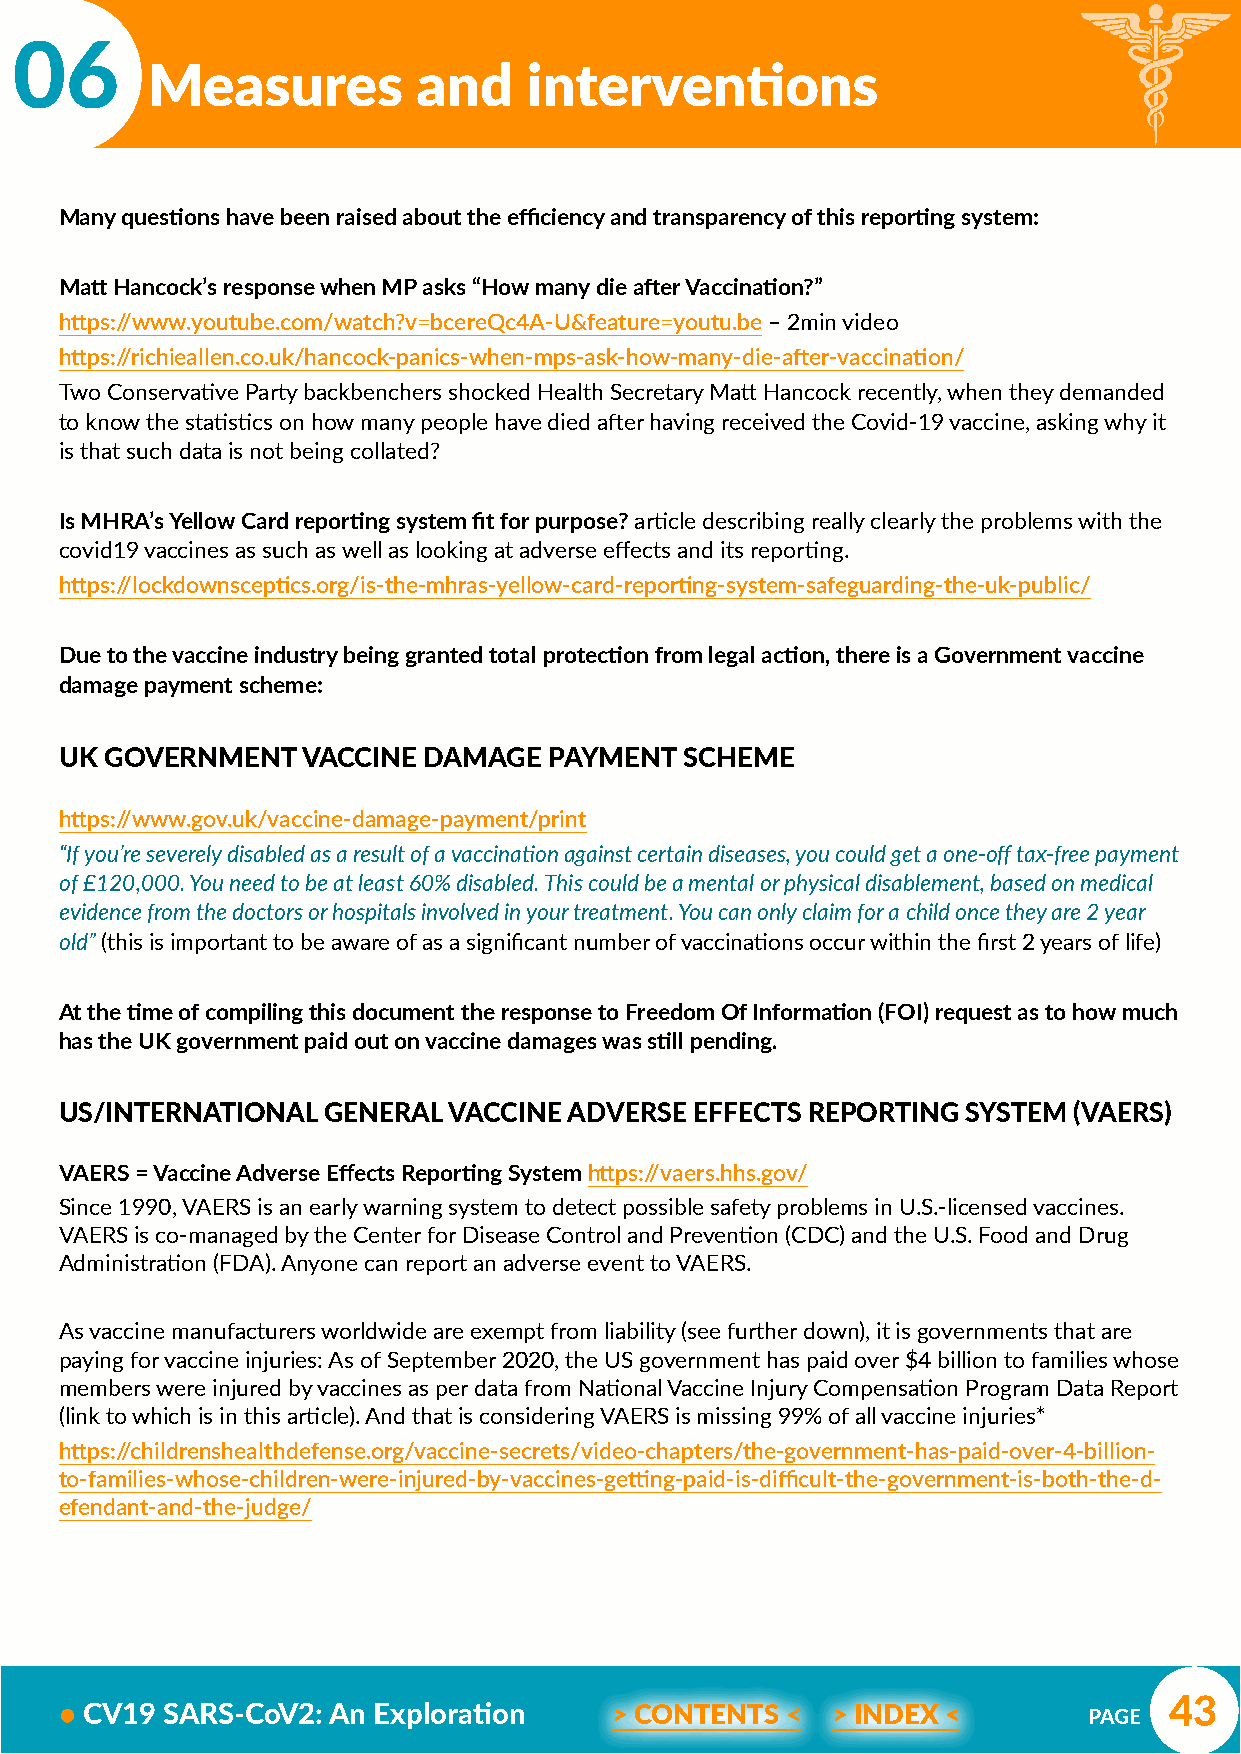
06
 Measures          and    interventions
 Many questions have been raised about the efficiency and transparency of this reporting system:
 Matt Hancock’s response when MP asks “How many die after Vaccination?”
 https://www.youtube.com/watch?v=bcereQc4A-U&feature=youtu.be – 2min video
 https://richieallen.co.uk/hancock-panics-when-mps-ask-how-many-die-after-vaccination/
 Two Conservative Party backbenchers shocked Health Secretary Matt Hancock recently, when they demanded
 to know the statistics on how many people have died after having received the Covid-19 vaccine, asking why it
 is that such data is not being collated?
 Is MHRA’s Yellow Card reporting system fit for purpose? article describing really clearly the problems with the
 covid19 vaccines as such as well as looking at adverse effects and its reporting.
 https://lockdownsceptics.org/is-the-mhras-yellow-card-reporting-system-safeguarding-the-uk-public/
 Due to the vaccine industry being granted total protection from legal action, there is a Government vaccine
 damage payment scheme:
 UK GOVERNMENT   VACCINE DAMAGE  PAYMENT  SCHEME
 https://www.gov.uk/vaccine-damage-payment/print
 “If you’re severely disabled as a result of a vaccination against certain diseases, you could get a one-off tax-free payment
 of £120,000. You need to be at least 60% disabled. This could be a mental or physical disablement, based on medical
 evidence from the doctors or hospitals involved in your treatment. You can only claim for a child once they are 2 year
 old” (this is important to be aware of as a significant number of vaccinations occur within the first 2 years of life)
 At the time of compiling this document the response to Freedom Of Information (FOI) request as to how much
 has the UK government paid out on vaccine damages was still pending.
 US/INTERNATIONAL GENERAL  VACCINE ADVERSE EFFECTS REPORTING SYSTEM (VAERS)
 VAERS = Vaccine Adverse Effects Reporting System https://vaers.hhs.gov/
 Since 1990, VAERS is an early warning system to detect possible safety problems in U.S.-licensed vaccines.
 VAERS is co-managed by the Center for Disease Control and Prevention (CDC) and the U.S. Food and Drug
 Administration (FDA). Anyone can report an adverse event to VAERS.
 As vaccine manufacturers worldwide are exempt from liability (see further down), it is governments that are
 paying for vaccine injuries: As of September 2020, the US government has paid over $4 billion to families whose
 members were injured by vaccines as per data from National Vaccine Injury Compensation Program Data Report
 (link to which is in this article). And that is considering VAERS is missing 99% of all vaccine injuries*
 https://childrenshealthdefense.org/vaccine-secrets/video-chapters/the-government-has-paid-over-4-billion-
 to-families-whose-children-were-injured-by-vaccines-getting-paid-is-difficult-the-government-is-both-the-d-
 efendant-and-the-judge/
 43
 • CV19 SARS-CoV2: An Exploration     > CONTENTS <  > INDEX <        PAGE